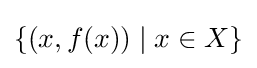
\{(x,f(x))\mid x\in X\}